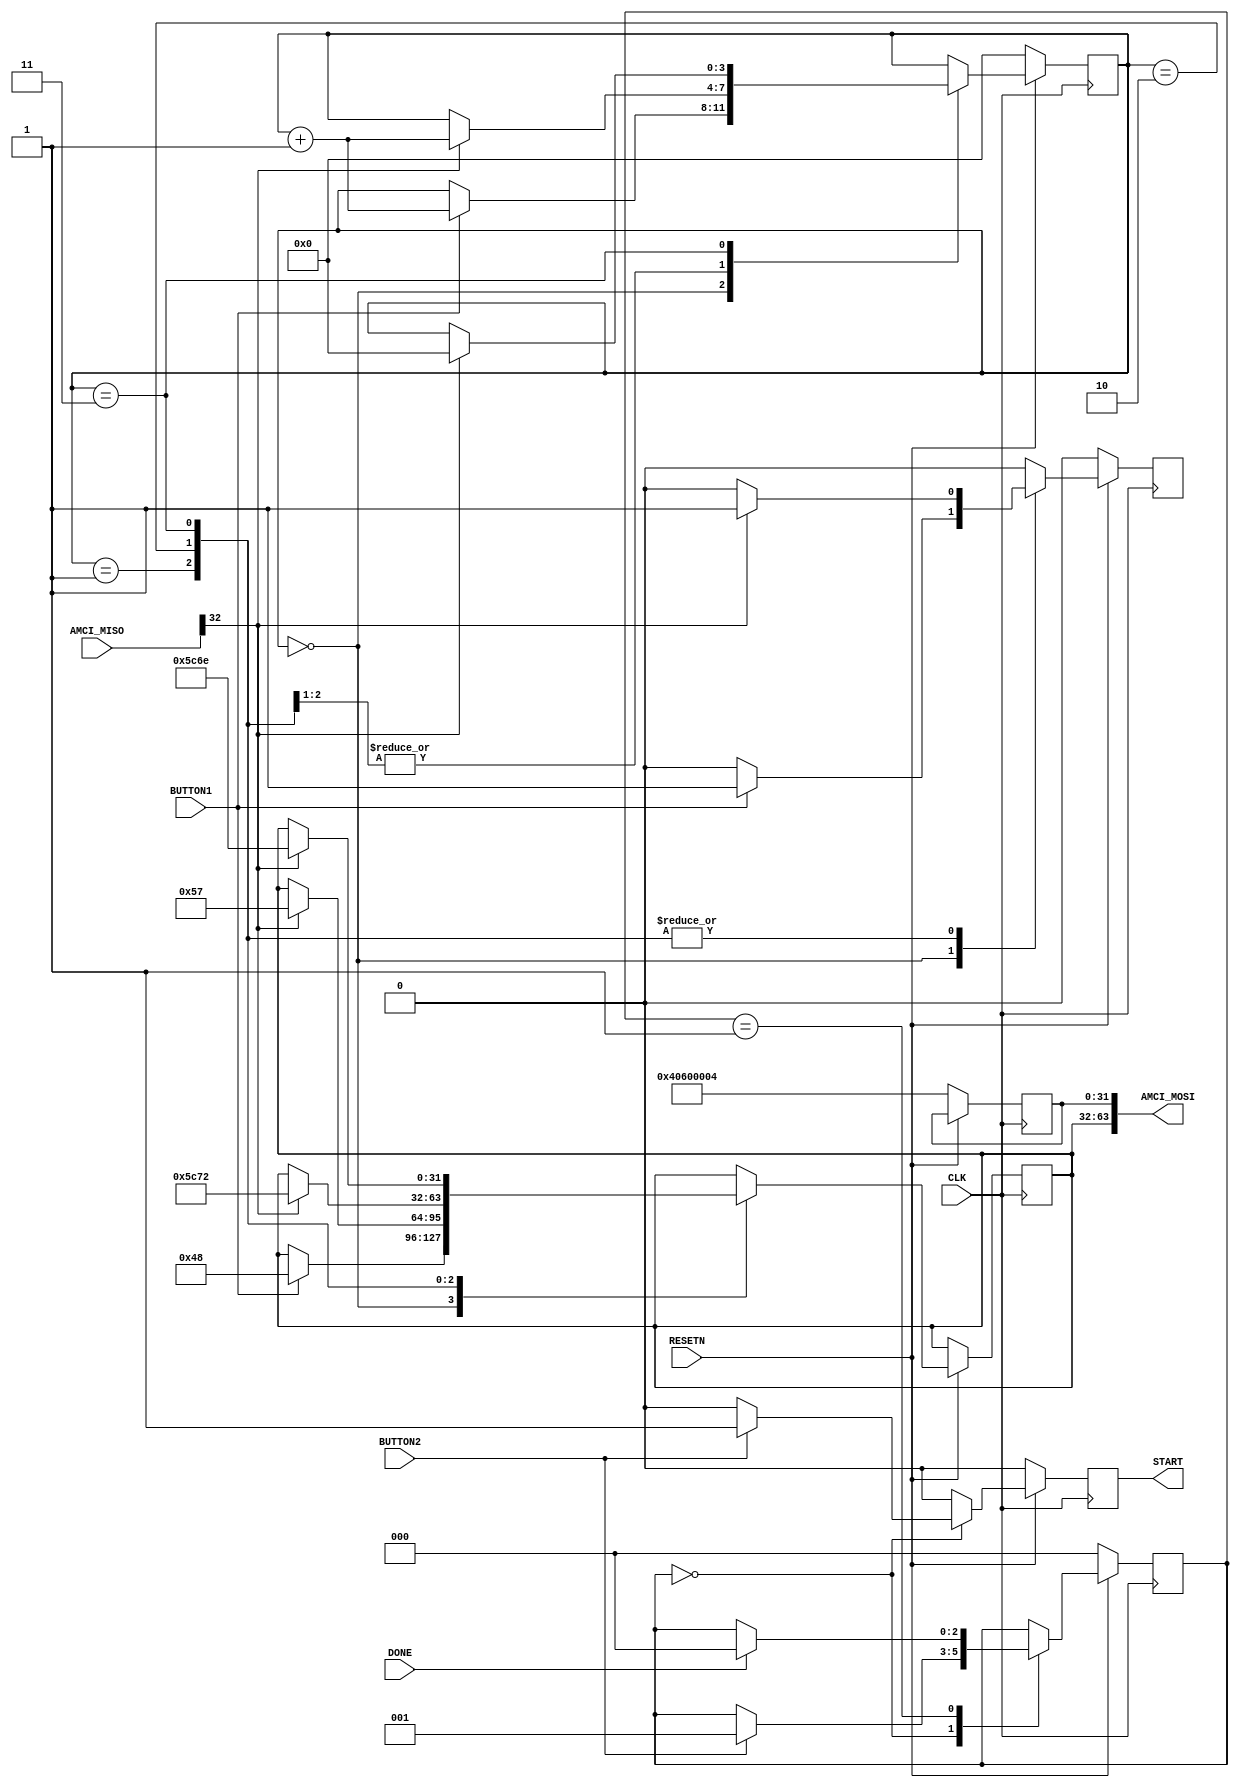

module vcontroller#
(
    parameter integer AXI_DATA_WIDTH = 32,
    parameter integer AXI_ADDR_WIDTH = 32
)
(
    //============================ The AMCI interface ==========================
    output  wire[97:0] AMCI_MOSI,    // AMCI Master Out, Slave In
    input   wire[33:0] AMCI_MISO,    // AMCI Master In, Slave Out
    //==========================================================================

    input CLK, RESETN, BUTTON1, BUTTON2,
    output START,
    input DONE
);

    //=========================================================================================================
    // Break out the AMCI_MISO and AMCI_MISO interfaces into discrete ports
    //=========================================================================================================
    localparam AMCI_WADDR_OFFSET = 0;   localparam pa1 = AMCI_WADDR_OFFSET + AXI_ADDR_WIDTH;
    localparam AMCI_WDATA_OFFSET = pa1; localparam pa2 = AMCI_WDATA_OFFSET + AXI_DATA_WIDTH;
    localparam AMCI_RADDR_OFFSET = pa2; localparam pa3 = AMCI_RADDR_OFFSET + AXI_ADDR_WIDTH;
    localparam AMCI_WRITE_OFFSET = pa3; localparam pa4 = AMCI_WRITE_OFFSET + 1;
    localparam AMCI_READ_OFFSET  = pa4; localparam pa5 = AMCI_READ_OFFSET  + 1;

    localparam AMCI_RDATA_OFFSET = 0;   localparam pb1 = AMCI_RDATA_OFFSET + AXI_DATA_WIDTH;
    localparam AMCI_WIDLE_OFFSET = pb1; localparam pb2 = AMCI_WIDLE_OFFSET + 1;
    localparam AMCI_RIDLE_OFFSET = pb2; localparam pb3 = AMCI_RIDLE_OFFSET + 1;

    wire[AXI_ADDR_WIDTH-1:0] AMCI_WADDR = AMCI_MOSI[AMCI_WADDR_OFFSET +: AXI_ADDR_WIDTH];
    wire[AXI_DATA_WIDTH-1:0] AMCI_WDATA = AMCI_MOSI[AMCI_WDATA_OFFSET +: AXI_DATA_WIDTH];
    wire[AXI_ADDR_WIDTH-1:0] AMCI_RADDR = AMCI_MOSI[AMCI_RADDR_OFFSET +: AXI_ADDR_WIDTH];
    wire AMCI_WRITE                     = AMCI_MOSI[AMCI_WRITE_OFFSET +: 1];
    wire AMCI_READ                      = AMCI_MOSI[AMCI_READ_OFFSET  +: 1];

    wire[AXI_DATA_WIDTH-1:0] AMCI_RDATA = AMCI_MISO[AMCI_RDATA_OFFSET +: AXI_DATA_WIDTH];
    wire                     AMCI_WIDLE = AMCI_MISO[AMCI_WIDLE_OFFSET +: 1];
    wire                     AMCI_RIDLE = AMCI_MISO[AMCI_RIDLE_OFFSET +: 1];
    //=========================================================================================================


    //=========================================================================================================
    // Register assignments for writing to the AMCI outputs
    //=========================================================================================================
    reg[AXI_ADDR_WIDTH-1:0] amci_waddr; assign AMCI_WADDR = amci_waddr;
    reg[AXI_DATA_WIDTH-1:0] amci_wdata; assign AMCI_WDATA = amci_wdata;
    reg[AXI_ADDR_WIDTH-1:0] amci_raddr; assign AMCI_RADDR = amci_raddr;
    reg                     amci_write; assign AMCI_WRITE = amci_write;
    reg                     amci_read ; assign AMCI_READ  = amci_read;
    //=========================================================================================================


    localparam UART_BASE = 32'h4060_0000;
    localparam UART_TX   = UART_BASE + 4;

    reg[3:0] state;

    always @(posedge CLK) begin
        amci_write <= 0;
        if (RESETN == 0) begin
            state      <= 0;
            amci_waddr <= UART_TX;
        end else case(state)

        0:  if (BUTTON1) begin
                amci_wdata <= "H";
                amci_write <= 1;
                state      <= state + 1;
            end

        1:  if (AMCI_WIDLE) begin
                amci_wdata <= "W";
                amci_write <= 1;
                state      <= state + 1;
            end

        2:  if (AMCI_WIDLE) begin
                amci_wdata <= "\r";
                amci_write <= 1;
                state      <= state + 1;
            end
        3:  if (AMCI_WIDLE) begin
                amci_wdata <= "\n";
                amci_write <= 1;
                state      <= 0;
            end

        endcase
    end


    reg[2:0] state2;
    reg start; assign START = start;
    always @(posedge CLK) begin
        start <= 0;
        if (RESETN == 0) begin
            state2 <= 0;
        end else case(state2)

        0:  if (BUTTON2) begin
                start  <= 1;
                state2 <= 1;
            end 

        1:  if (DONE) begin
                state2 <= 0;
            end

        endcase
    end

endmodule